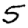
Digit: 5